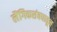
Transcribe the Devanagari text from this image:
लैंगिकसंबधातून